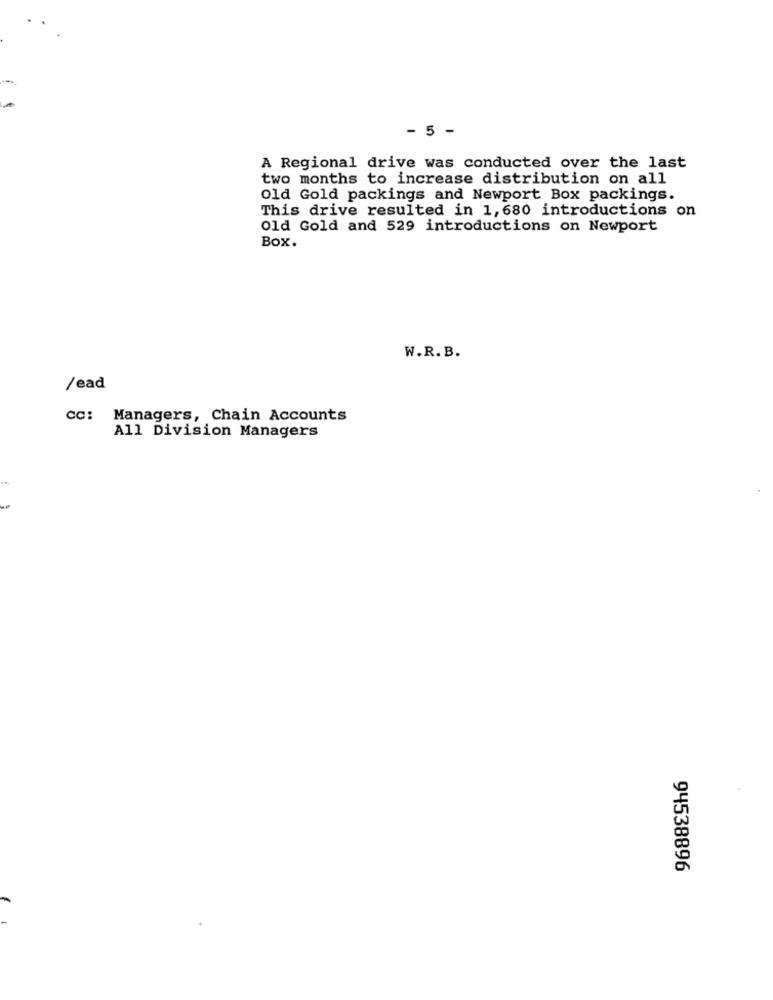
- 5 -
A Regional drive was conducted over the last
two months to increase distribution on all
Old Gold packings and Newport Box packings.
This drive resulted in 1, 680 introductions on
Old Gold and 529 introductions on Newport
Box.
W.R. B.
/ead
cc: Managers, Chain Accounts
All Division Managers
94538896